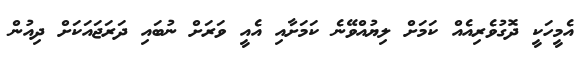
އެމީހަކީ ދޮގުވެރިއެއް ކަމަށް ލިޔުއްވޭނެ ކަމަށާއި އެއީ ވަރަށް ނުބައި ދަރަޖައަކަށް ދިއުން